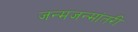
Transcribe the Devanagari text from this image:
जन्मजन्मांतरी